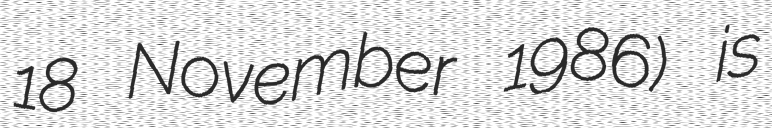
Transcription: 18 November 1986) is